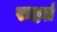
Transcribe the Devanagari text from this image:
राहतं